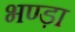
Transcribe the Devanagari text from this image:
भण्ड़ा